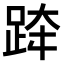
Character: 𨀗